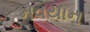
નવયાન